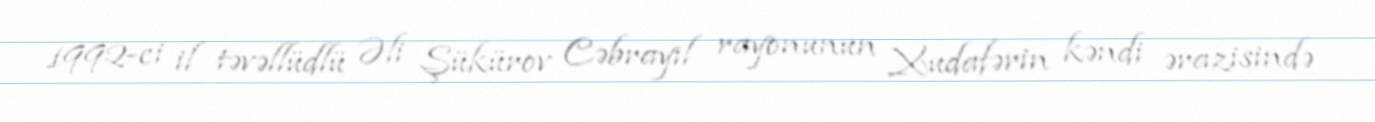
1992-ci il təvəllüdlü Əli Şükürov Cəbrayıl rayonunun Xudafərin kəndi ərazisində